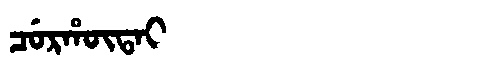
Manchu: ᠴᡠᡵᡥᡡᡨᠠᡳ
Romanization: CURHŪTAI